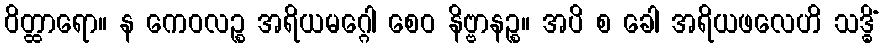
ဝိတ္ထာရော။ န ကေဝလဉ္စ အရိယမဂ္ဂေါ စေဝ နိဗ္ဗာနဉ္စ။ အပိ စ ခေါ အရိယဖလေဟိ သဒ္ဓိံ